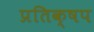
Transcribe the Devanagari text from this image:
प्रतिक्षप